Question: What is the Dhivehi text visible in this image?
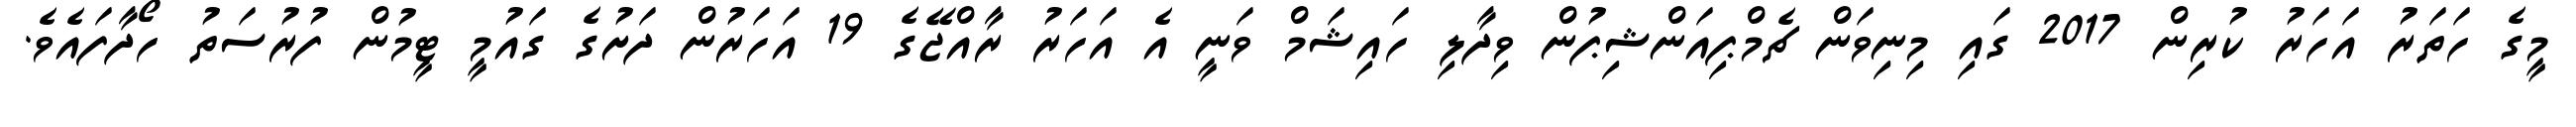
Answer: މީގެ ހަތަރު އަހަރު ކުރިން 2017 ގައި މިނިވަން ޗެމްޕިއަންޝިޕުން ވިދާލި ހައިޝަމް ވަނީ އެ އަހަރު ރާއްޖޭގެ 19 އަހަރުން ދަށުގެ ގައުމީ ޓީމުން ފުރުސަތު ހޯދާފައެވެ.